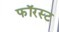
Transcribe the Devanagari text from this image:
फॉरस्ट